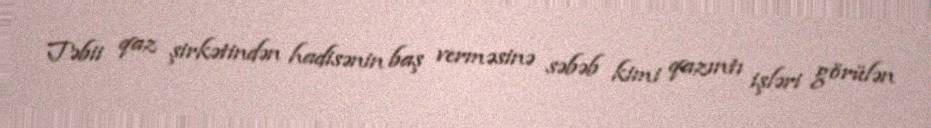
Təbii qaz şirkətindən hadisənin baş verməsinə səbəb kimi qazıntı işləri görülən